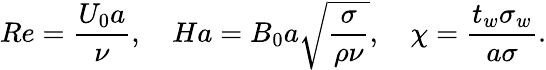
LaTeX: Re=\frac{U_{0}a}{\nu},\quad Ha=B_{0}a\sqrt{\frac{\sigma}{\rho\nu}},\quad\chi=\frac{t_{w}\sigma_{w}}{a\sigma}.